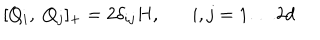
[ Q _ { i } , \; Q _ { j } ] _ { + } = 2 \delta _ { i j } H , i , j = 1 \ldots 2 d